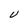
Character: V